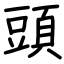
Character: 頭